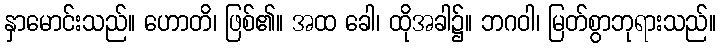
နှာမောင်းသည်။ ဟောတိ၊ ဖြစ်၏။ အထ ခေါ၊ ထိုအခါ၌။ ဘဂဝါ၊ မြတ်စွာဘုရားသည်။